Vaccination in the Punjab 1919-1929 - 1919-1929
Year: 1919
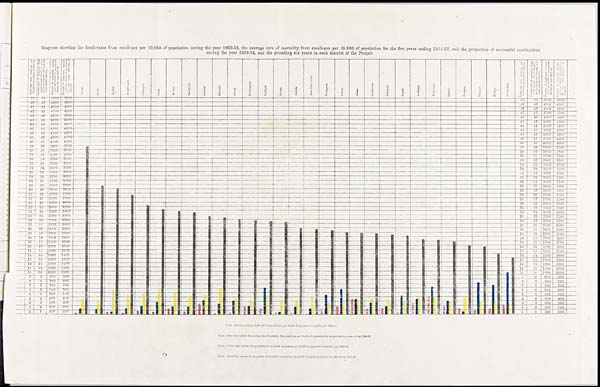
Diagram showing the death-rates from small-pox per 10,000 of population during the year 1923-24, the average rate of mortality from small-pox per 10,000 of population for the five years ending 1922-23, and the proportion of successful vaccinations
during the year 1923-24, and the preceding six years in each district of the Punjab.